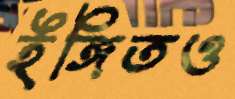
ইঙ্গিতও